Vaccine operations Central Provinces 1886-1899 - 1886-1899
Year: 1886
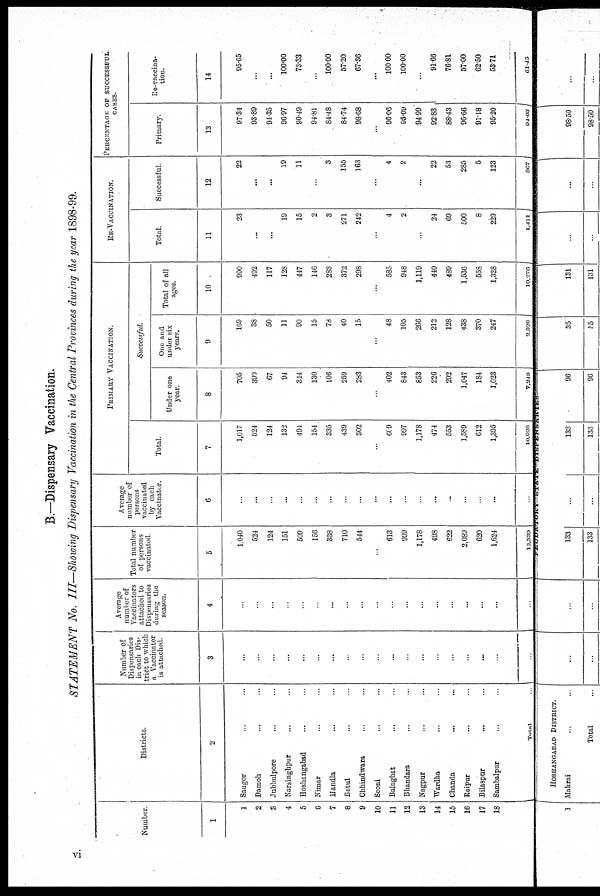
B.—Dispensary Vaccination.
STATEMENT No. III—Showing Dispensary Vaccination in the Central Provinces during the year 1898-99.
Number
1
1
2
3
4
5
6
7
8
9
10
11
12
13
14
15
16
17
18
Districts.
2
Saugor ... ...
Damoh ... ...
Jubbulpore ... ...
Narsinghpur ... ...
Hoshangabad ... ...
Nimar ... ...
Mandla ... ...
Betul ... ...
Chhindwara ... ...
Seoni ... ...
Balaghat ... ...
Bhandara ... ...
Nagpur ... ...
Wardha ... ...
Chanda ... ...
Raipur ... ...
Bilaspur ... ...
Sambalpur ... ...
Total
Number of
Dispensaries
in each Dis-
trict to which
a Vaccinator
is attached.
3
...
...
...
...
...
...
...
...
...
...
...
...
...
...
...
...
...
...
...
Average
number of
Vaccinators
attached to
Dispensaries
during the
season.
4
...
...
...
...
...
...
...
...
...
...
...
...
...
...
...
...
...
...
...
Total number
of persons
vaccinated
5
1,040
524
124
151
509
156
338
710
544
...
613
999
1,178
498
622
2,089
620
1,624
12,339
Average
number of
persons
vaccinated
by each
Vaccinator.
6
...
...
...
...
...
...
...
...
...
...
...
...
...
...
...
...
...
...
...
PRIMARY VACCINATION.
Total.
7
1,017
524
124
132
494
154
335
439
302
...
609
997
1,178
474
553
1,589
612
1,395
10,928
Successful
Under one
year.
8
705
399
67
94
314
130
106
259
283
...
402
843
853
226
292
1,047
184
1,023
7,248
One and
under six
years.
9
169
38
50
11
90
15
78
40
15
...
48
105
266
212
128
438
370
247
2,320
Total of all
ages.
10
990
492
117
128
447
146
283
372
298
...
585
948
1,119
440
489
1,536
558
1,328
10,276
RE-VACCINATION
Total
11
23
...
...
19
15
2
3
271
242
...
4
2
...
24
69
500
8
229
1,111
Successful
12
22
...
...
19
11
...
3
155
163
...
4
2
...
22
53
285
5
123
867
PERCENTAGE OF SUCCESSFUL
CASES
Primary
13
97.34
93.89
94.35
96.97
90.49
94.81
84.48
84.74
98.68
...
96.06
95.09
94.99
92.83
88.43
96.66
91.18
95.20
04.03
Re-vaccina¬
tion.
14
95.65
...
...
100.00
73.33
...
100.00
57.20
67.36
...
100.00
100.00
...
91.66
76.81
57.00
62.50
53.71
61.45
vi